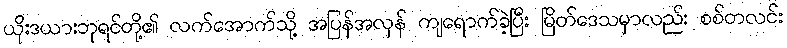
ယိုးဒယားဘုရင်တို့၏ လက်အောက်သို့ အပြန်အလှန် ကျရောက်ခဲ့ပြီး မြိတ်ဒေသမှာလည်း စစ်တလင်း